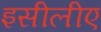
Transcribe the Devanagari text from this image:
इसीलीए